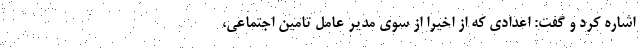
اشاره کرد و گفت: اعدادی که از اخیرا از سوی مدیر عامل تامین اجتماعی،